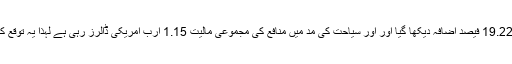
صرف یکم مئی کی تین روزہ تعطیلات کے دوران سیاحوں کی آمد میں 19.22 فیصد اضافہ دیکھا گیا اور اور سیاحت کی مد میں منافع کی مجموعی مالیت 1.15 ارب امریکی ڈالرز رہی ہے لہذا یہ توقع کی جا رہی ہے کہ آنے والے دنوں میں مزید سیاح یہاں کا رخ کریں گے۔